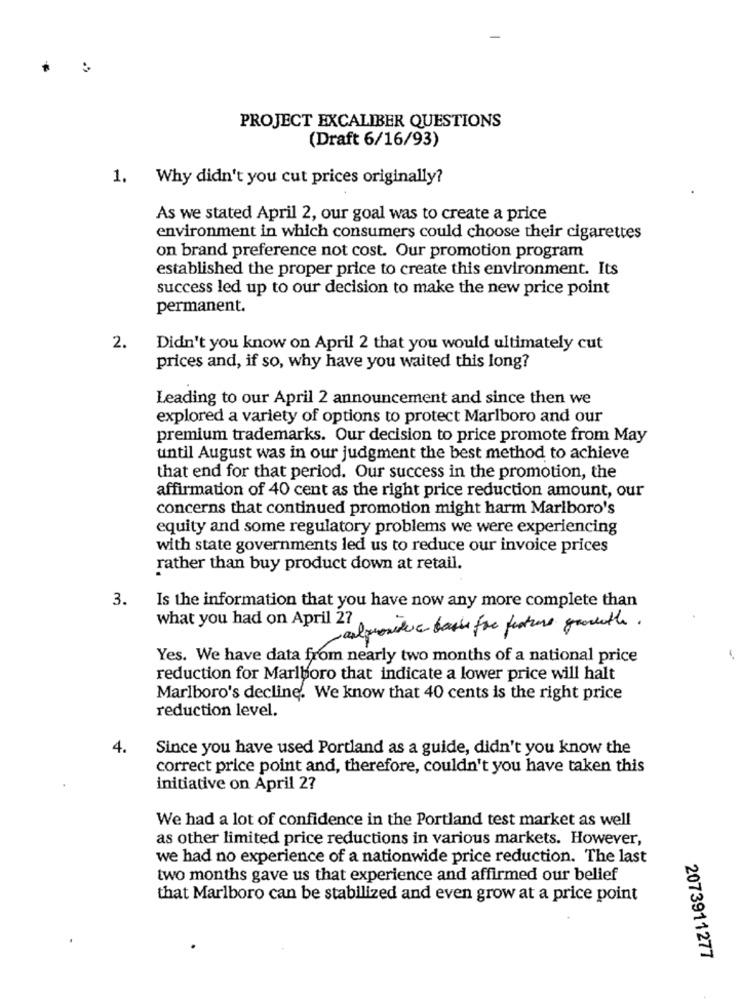
PROJECT EXCALIBER QUESTIONS
(Draft 6/16/93)
1. Why didn't you cut prices originally?
As we stated April 2, our goal was to create a price
environment in which consumers could choose their cigarettes
on brand preference not cost. Our promotion program
established the proper price to create this environment. Its
success led up to our decision to make the new price point
permanent.
2.
Didn't you know on April 2 that you would ultimately cut
prices and, if so, why have you waited this long?
Leading to our April 2 announcement and since then we
explored a variety of options to protect Marlboro and our
premium trademarks. Our decision to price promote from May
until August was in our judgment the best method to achieve
that end for that period. Our success in the promotion, the
affirmation of 40 cent as the right price reduction amount, our
concerns that continued promotion might harm Marlboro's
equity and some regulatory problems we were experiencing
with state governments led us to reduce our invoice prices
rather than buy product down at retail.
3.
Is the information that you have now any more complete than
what you had on April 27
-calprovide basis for feature grovethe.
Yes. We have data from nearly two months of a national price
reduction for Marlboro that indicate a lower price will halt
Marlboro's decline. We know that 40 cents is the right price
reduction level.
4.
Since you have used Portland as a guide, didn't you know the
correct price point and, therefore, couldn't you have taken this
initiative on April 2?
We had a lot of confidence in the Portland test market as well
as other limited price reductions in various markets. However,
we had no experience of a nationwide price reduction. The last
two months gave us that experience and affirmed our belief
that Marlboro can be stabilized and even grow at a price point
2073911277